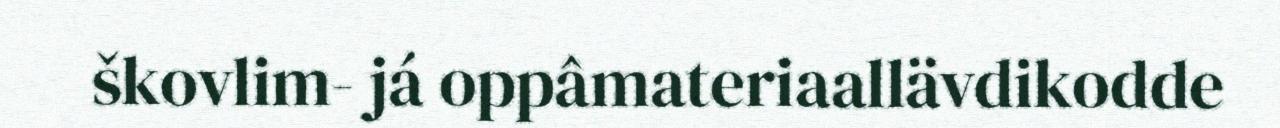
škovlim- já oppâmateriaallävdikodde